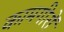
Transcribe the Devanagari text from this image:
कामगीरों